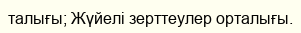
талығы; Жүйелі зерттеулер орталығы.